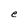
Character: e